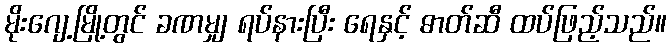
မိုးဂျေ့မြို့တွင် ခဏမျှ ရပ်နားပြီး ရေနှင့် ဓာတ်ဆီ ထပ်ဖြည့်သည်။